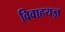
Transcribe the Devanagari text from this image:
विवाहयज्ञ